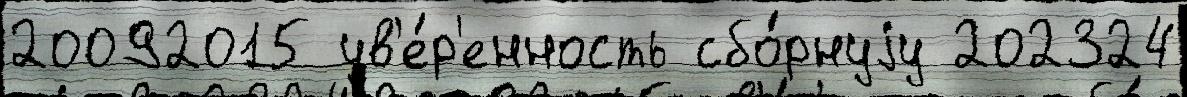
20092015 ув'е́р'енность сбо́рнуjу 202324